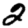
Digit: 2